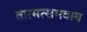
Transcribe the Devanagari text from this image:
तात्मत्समवाय